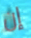
إن